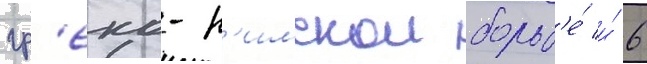
гр'еко-р'имскои борьб'е́ и́ 6